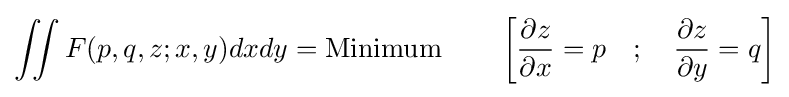
{\iint F(p,q,z;x,y)dxdy}={\text{Minimum}}\qquad \left[{\frac {\partial z}{\partial x}}=p\quad ;\quad {\frac {\partial z}{\partial y}}=q\right]